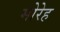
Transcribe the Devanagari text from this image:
मोरेह